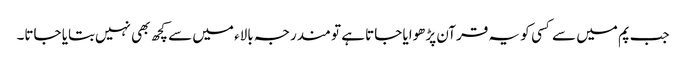
جب پم میں سے کسی ‌ کو یہ قرآن پڑھوایا جاتا ہے تو مندرجہ بالاء میں سے کچھ بھی نہیں‌بتایا جاتا۔